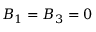
B _ { 1 } = B _ { 3 } = 0